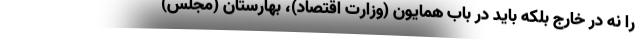
را نه در خارج بلکه باید در باب همایون (وزارت اقتصاد)، بهارستان (مجلس)